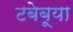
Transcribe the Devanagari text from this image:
टबेबूया